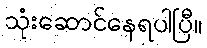
သုံးဆောင်နေရပါပြီ။